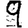
Digit: 9